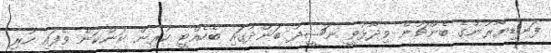
ފަނޑިޔާރުންގެ ބެންޗުން ވިދާޅުވީ ނަޝީދު ބަންދުގައި ބެހެއްޓީ ކުރިން ކަންކަން ވެފައި ހުރި